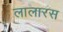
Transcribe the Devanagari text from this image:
लालारस